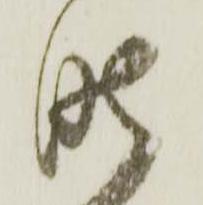
昨